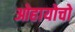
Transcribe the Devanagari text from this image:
ओहायोचो